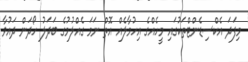
މިފަދަ އެކްސިޑެންޓްތަކުގައި މީހެއްގެ އިހުމާލެއް އޮތް ނަމަ ގެއްލުމުގެ ބަދަލު ހޯދަން ދައުވާ